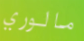
مالوري